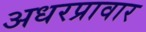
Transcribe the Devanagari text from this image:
अधरप्रावार